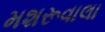
મશરૂવાલા